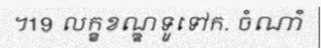
។19 លក្ខខណ្ឌទូទៅក. ចំណាំ